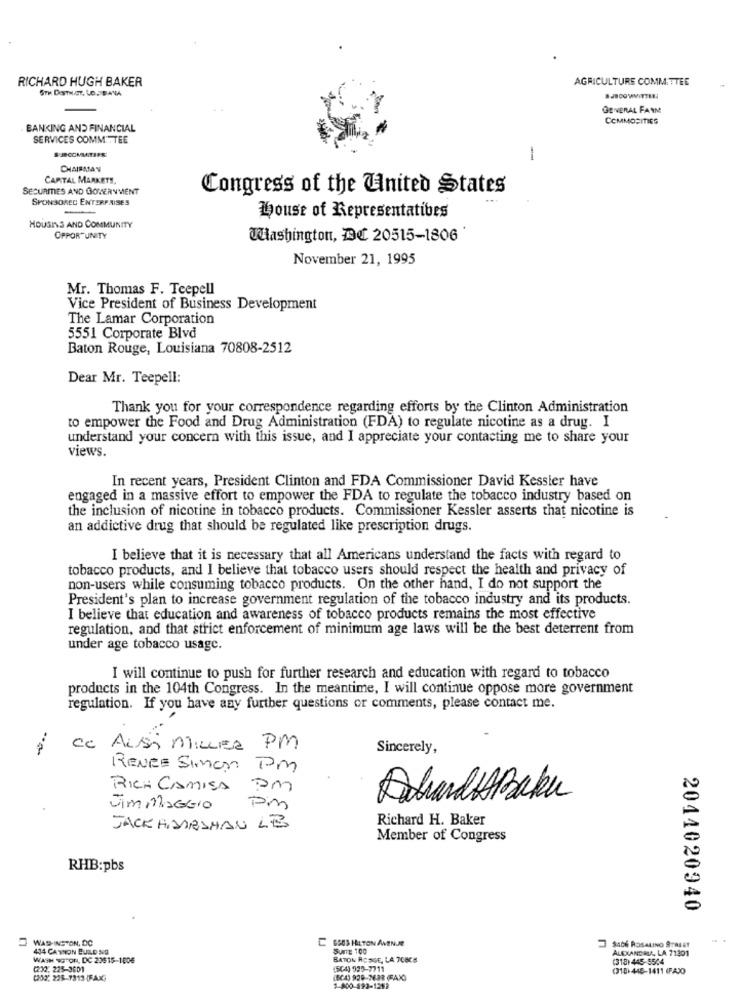
RICHARD HUGH BAKER
AGRICULTURE COMMITTEE
5TH DOSTHAT, LO BANA
GENERAL FARM
COMMODITIES
BANKING AND FINANCIAL
SERVICES COMMITTEE
1
CHAIRMAN
CAPITAL MARKETS,
SECURITIES AND GOVERNMENT
Congress of the United States
SPONSORED ENTERPRISES
-
house of Representatives
HOUSES AND COMMUNITY
OPPORTUNITY
Washington, DC 20515-1806
November 21, 1995
Mr. Thomas F. Teepell
Vice President of Business Development
The Lamar Corporation
5551 Corporate Blvd
Baton Rouge, Louisiana 70808-2512
Dear Mr. Teepell:
Thank you for your correspondence regarding efforts by the Clinton Administration
to empower the Food and Drug Administration (FDA) to regulate nicotine as a drug. I
understand your concern with this issue, and I appreciate your contacting me to share your
views.
In recent years, President Clinton and FDA Commissioner David Kessler have
engaged in a massive effort to empower the FDA to regulate the tobacco industry based on
the inclusion of nicotine in tobacco products. Commissioner Kessler asserts that nicotine is
an addictive drug that should be regulated like prescription drugs.
I believe that it is necessary that all Americans understand the facts with regard to
tobacco products, and I believe that tobacco users should respect the health and privacy of
non-users while consuming tobacco products. On the other hand, I do not support the
President's plan to increase government regulation of the tobacco industry and its products.
I believe that education and awareness of tobacco products remains the most effective
regulation, and that strict enforcement of minimum age laws will be the best deterrent from
under age tobacco usage.
I will continue to push for further research and education with regard to tobacco
products in the 104th Congress. In the meantime, I will continue oppose more government
regulation. If you have any further questions or comments, please contact me.
co Aussi MILLER PM
Sincerely,
RENEE SIMON PM
we
RICH CAMISA
DolardaABaku
Vim MAGGIO
Pm
Richard H. Baker
JACK HDARSHAN LB
Member of Congress
RHB:pbs
2044020940
WASHINGTON, DC
C 650S HILTON AMENJE
414 CANNON BUILD NO
SUITE 100
SA06 ROSALINO STREET
ALEXANDRIA, LA 71301
WASH NOTON, DC 20615-1806
BATON ROSGE, LA 7C8CH
(318) 445-5504
(232, 225-3601
(SC-4) 939-7711
(318-445-1411 (FA)O
(3022 228-7313 FAX
(SC4) 920-7633 (FAX)
1-800-592-1288